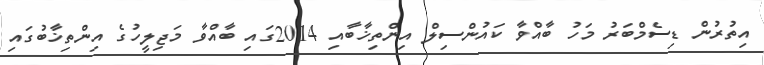
އިތުރުން ޑިސެމްބަރު މަހު ބާއްވާ ކައުންސިލް އިންތިޚާބާއި 2014ގައި ބާއްވާ މަޖިލީހުގެ އިންތިޚާބުގައި